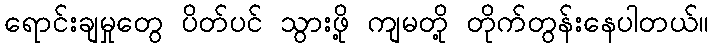
ရောင်းချမှုတွေ ပိတ်ပင် သွားဖို့ ကျမတို့ တိုက်တွန်းနေပါတယ်။